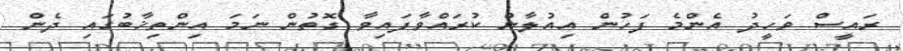
ރައީސް ވަހީދު އެންމެ ފަހުން އިއުލާން ކުރައްވާފައިވާ ގޮތުން ނަމަ އިންތިޚާބުގައި ދެން